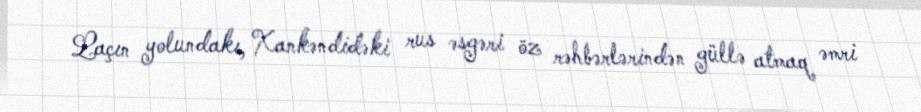
Laçın yolundakı, Xankəndidəki rus əsgəri öz rəhbərlərindən güllə atmaq əmri